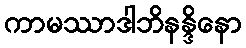
ကာမဿာဒါဘိနန္ဒိနော